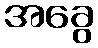
အခွေ